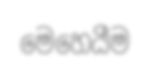
මෙහෙයීම